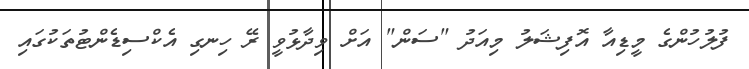
ފުލުހުންގެ މީޑިއާ އޮފިޝަލު މިއަދު "ސަން" އަށް ވިދާޅުވީ ރޭ ހިނގި އެކްސިޑެންޓުތަކުގައި